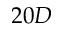
2 0 D